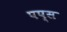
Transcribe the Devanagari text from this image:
पप्स